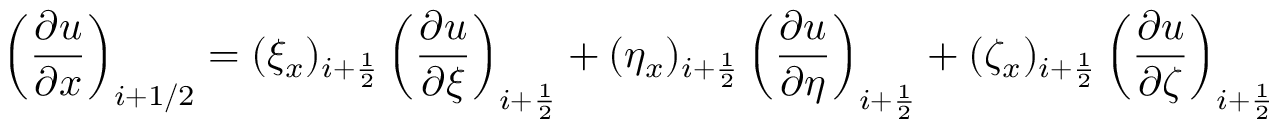
\left( \frac { \partial u } { \partial x } \right) _ { i + 1 / 2 } = ( \xi _ { x } ) _ { i + \frac { 1 } { 2 } } \left( \frac { \partial u } { \partial \xi } \right) _ { i + \frac { 1 } { 2 } } + ( \eta _ { x } ) _ { i + \frac { 1 } { 2 } } \left( \frac { \partial u } { \partial \eta } \right) _ { i + \frac { 1 } { 2 } } + ( \zeta _ { x } ) _ { i + \frac { 1 } { 2 } } \left( \frac { \partial u } { \partial \zeta } \right) _ { i + \frac { 1 } { 2 } }